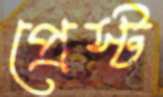
প্রেস্ট